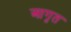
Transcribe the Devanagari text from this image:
आगृत